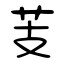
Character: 芰